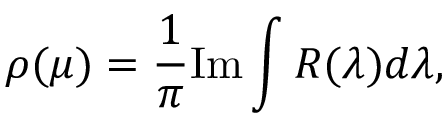
\rho ( \mu ) = \frac { 1 } { \pi } \mathrm { I m } \int R ( \lambda ) d \lambda ,